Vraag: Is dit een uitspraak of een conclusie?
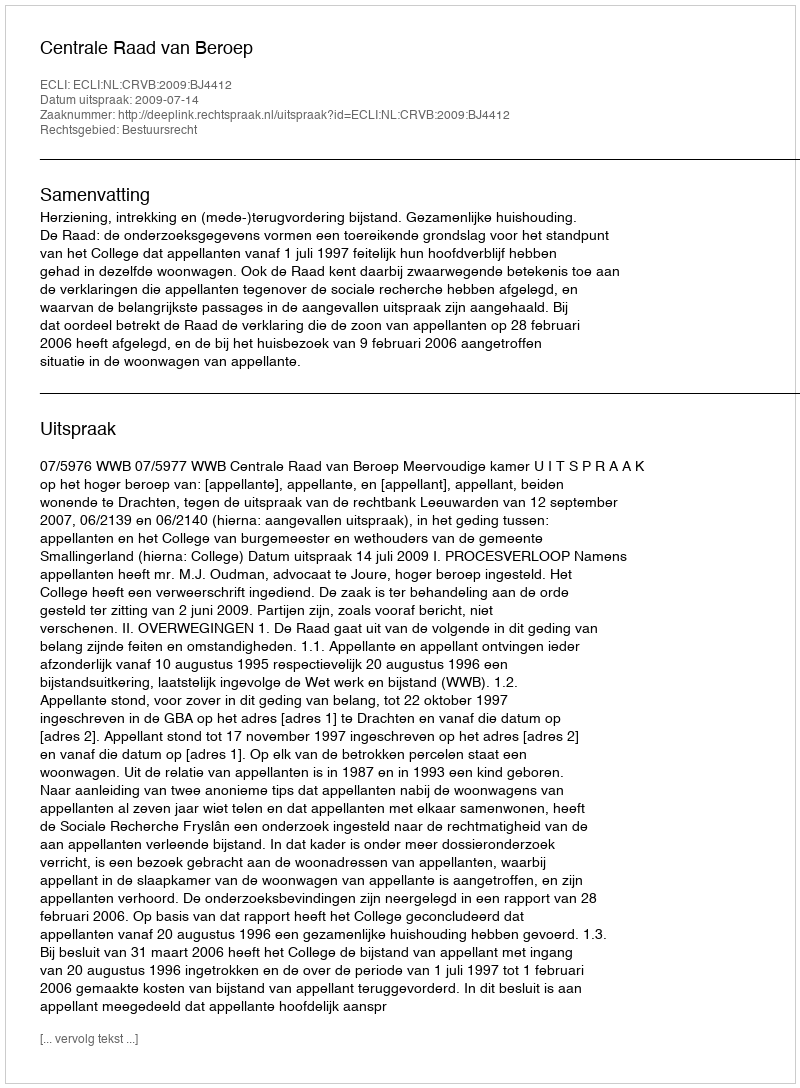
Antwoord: Uitspraak